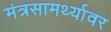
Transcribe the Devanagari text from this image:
मंत्रसामर्थ्यावर